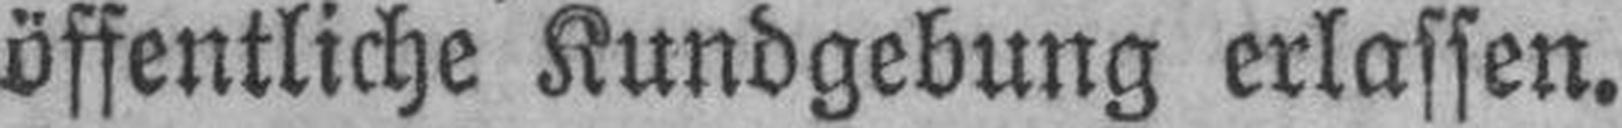
öffentliche Kundgebung erlassen.